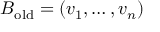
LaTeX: B _ { \mathrm { o l d } } = ( v _ { 1 } , \ldots , v _ { n } )